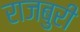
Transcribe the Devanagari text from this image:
राजबुरी